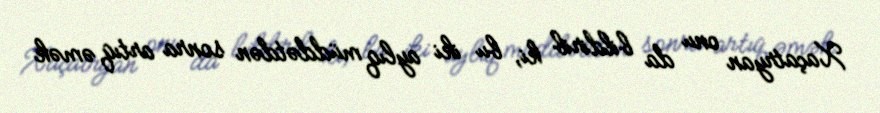
Xaçatryan onu da bildirib ki, bu iki aylıq müddətdən sonra artıq əmək